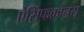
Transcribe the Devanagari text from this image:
ऐसिंफक्रोनस